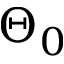
\Theta _ { 0 }